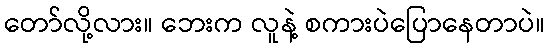
တော်လို့လား။ ဘေးက လူနဲ့ စကားပဲပြောနေတာပဲ။